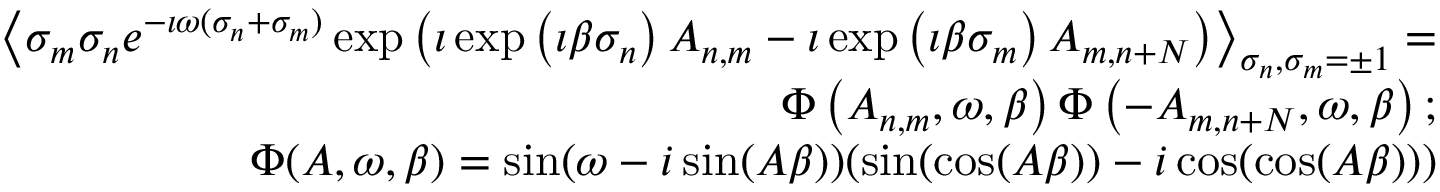
\begin{array} { r l r } & { } & { \left\langle \sigma _ { m } \sigma _ { n } e ^ { - \imath \omega ( \sigma _ { n } + \sigma _ { m } ) } \exp \left( \imath \exp \left( \imath \beta \sigma _ { n } \right) A _ { n , m } - \imath \exp \left( \imath \beta \sigma _ { m } \right) A _ { m , n + N } \right) \right\rangle _ { \sigma _ { n } , \sigma _ { m } = \pm 1 } = } \\ & { } & { \Phi \left( A _ { n , m } , \omega , \beta \right) \Phi \left( - A _ { m , n + N } , \omega , \beta \right) ; } \\ & { } & { \Phi ( A , \omega , \beta ) = \sin ( \omega - i \sin ( A \beta ) ) ( \sin ( \cos ( A \beta ) ) - i \cos ( \cos ( A \beta ) ) ) } \end{array}